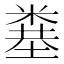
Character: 𥻎